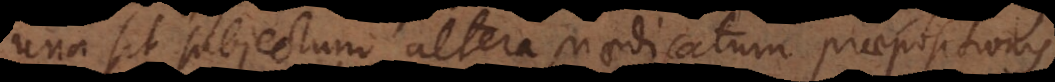
una sit subjectum altera praedicatum [propositionis]